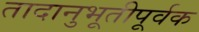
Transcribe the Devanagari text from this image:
तादानुभूतीपूर्वक